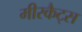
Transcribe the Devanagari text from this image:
मीरकैट्स